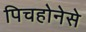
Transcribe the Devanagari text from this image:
पिचहोनेसे